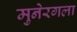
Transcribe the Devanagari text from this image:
मुनेरगला